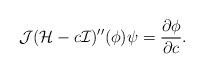
LaTeX: \begin{align*}\mathcal{J}(\mathcal{H}-c\mathcal{I})''(\phi)\psi=\frac{\partial\phi}{\partial c}.\end{align*}